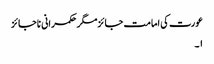
عورت کی امامت جائزمگر حکمرانی ناجائز
۱۔